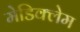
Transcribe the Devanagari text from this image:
मेडिक्लेम